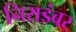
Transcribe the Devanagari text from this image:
निराडंबर